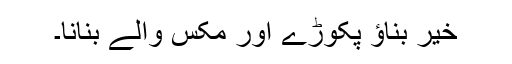
خیر بناؤ پکوڑے اور مکس والے بنانا۔